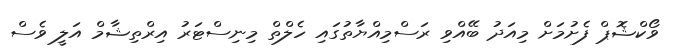
ވޯކްޝޮޕް ފެށުމަށް މިއަދު ބޭއްވި ރަސްމިއްޔާތުގައި ހެލްތް މިނިސްޓަރު އިރްތިޝާމް އަލީ ވެސް